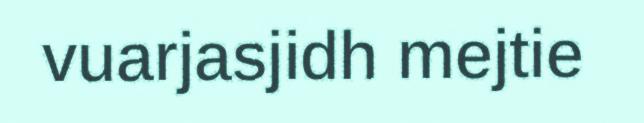
vuarjasjidh mejtie